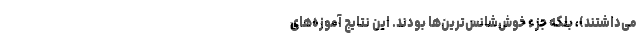
می‌داشتند)، بلکه جزء خوش‌شانس‌ترین‌ها بودند. این نتایج آموزه‌های